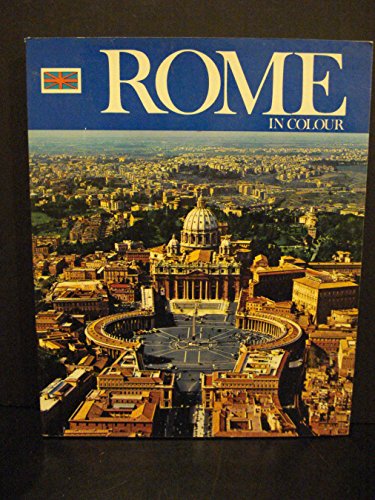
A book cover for Rome in colour: Album and guide ; The Vatican ; The Sistine Chapel; F. C Pavilo; Travel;